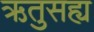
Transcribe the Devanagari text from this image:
ऋतुसह्य